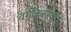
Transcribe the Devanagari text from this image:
वर्गीकरणकर्त्ता